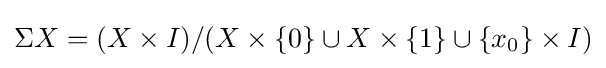
\Sigma X=(X\times I)/(X\times \{0\}\cup X\times \{1\}\cup \{x_{0}\}\times I)